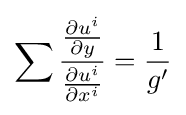
\sum {\frac {\frac {\partial u^{i}}{\partial y}}{\frac {\partial u^{i}}{\partial x^{i}}}}={\frac {1}{g'}}